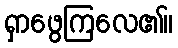
ရှာဖွေကြလေ၏။